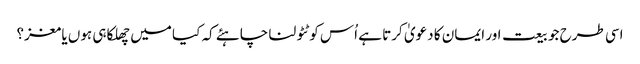
اسی طرح جو بیعت اور ایمان کا دعویٰ کرتا ہے اُس کو ٹٹولنا چاہئے کہ کیا میں چھلکا ہی ہوں یا مغز؟